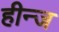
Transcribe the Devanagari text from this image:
हीन्ज